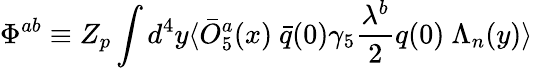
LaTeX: \Phi^{ab}\equiv Z_{p}\int d^{4}y\langle\bar{O}_{5}^{a}(x)\ \bar{q}(0)\gamma_{5}{\frac{\lambda^{b}}{2}}q(0)\ \Lambda_{n}(y)\rangle